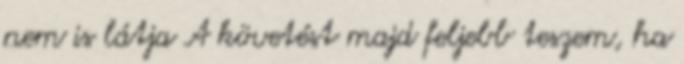
nem is látja A követést majd feljebb teszem, ha